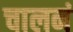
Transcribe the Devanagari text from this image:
चालनं